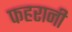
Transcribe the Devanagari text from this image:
फहरानी